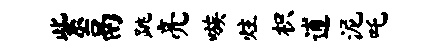
紫鬲跳亮嗾炷枳逋泥吒